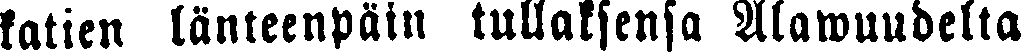
katien länteenpäin tullaksensa Alawuudelta